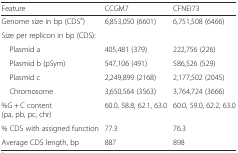
<table><thead><tr><td><b>Feature</b></td><td><b>CCGM7</b></td><td><b>CFNEI73</b></td></tr></thead><tbody><tr><td>Genome size in bp (CDS<sup>a</sup>)</td><td>6,853,050 (6601)</td><td>6,751,508 (6466)</td></tr><tr><td colspan="3">Size per replicon in bp (CDS):</td></tr><tr><td> Plasmid a</td><td>405,481 (379)</td><td>222,756 (226)</td></tr><tr><td> Plasmid b (pSym)</td><td>547,106 (491)</td><td>586,526 (529)</td></tr><tr><td> Plasmid c</td><td>2,249,899 (2168)</td><td>2,177,502 (2045)</td></tr><tr><td> Chromosome</td><td>3,650,564 (3563)</td><td>3,764,724 (3666)</td></tr><tr><td>%G + C content (pa, pb, pc, chr)</td><td>60.0, 58.8, 62.1, 63.0</td><td>60.0, 59.0, 62.2, 63.0</td></tr><tr><td>% CDS with assigned function</td><td>77.3</td><td>76.3</td></tr><tr><td>Average CDS length, bp</td><td>887</td><td>898</td></tr></tbody></table>